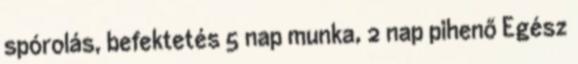
spórolás, befektetés 5 nap munka, 2 nap pihenő Egész